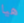
هيا